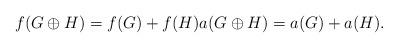
LaTeX: \begin{align*}f(G\oplus H) = f(G)+f(H)a(G\oplus H) = a(G)+a(H).\end{align*}